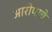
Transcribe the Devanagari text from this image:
आरोपाचे